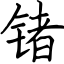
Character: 锗